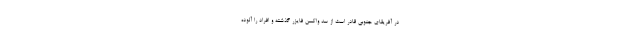
در آفریقای جنوبی قادر است از سد واکسن فایزر گذشته و افراد را آلوده